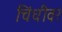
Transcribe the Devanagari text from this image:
चिंधीवर